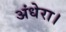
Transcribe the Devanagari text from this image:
अंधेरा।